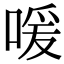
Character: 喛